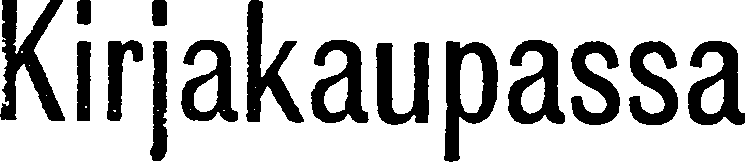
Kirjakaupassa